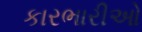
કારભારીઓ